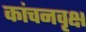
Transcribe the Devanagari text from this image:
कांचनवृक्ष